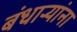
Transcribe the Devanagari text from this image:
बंधार्‍यांना